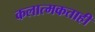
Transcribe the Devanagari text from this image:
कलात्मकताही